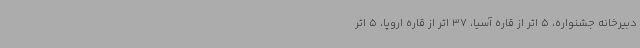
دبیرخانه جشنواره، 5 اثر از قاره آسیا، 37 اثر از قاره اروپا، 5 اثر